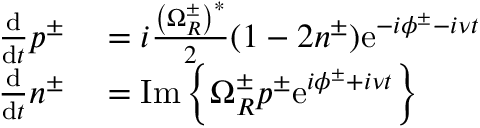
\begin{array} { r l } { \frac { \mathrm { d } } { \mathrm { d } t } p ^ { \pm } } & { { } = i \frac { \left( \Omega _ { R } ^ { \pm } \right) ^ { * } } { 2 } ( 1 - 2 n ^ { \pm } ) \mathrm { e } ^ { - i \phi ^ { \pm } - i \nu t } } \\ { \frac { \mathrm { d } } { \mathrm { d } t } n ^ { \pm } } & { { } = \mathrm { I m } \left\{ \Omega _ { R } ^ { \pm } p ^ { \pm } \mathrm { e } ^ { i \phi ^ { \pm } + i \nu t } \right\} } \end{array}